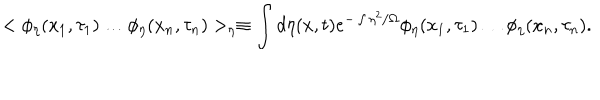
LaTeX: < \phi _ { \eta } ( x _ { 1 } , \tau _ { 1 } ) \ldots \phi _ { \eta } ( x _ { n } , \tau _ { n } ) > _ { \eta } \equiv \int d \eta ( x , t ) e ^ { - \int \eta ^ { 2 } / \Omega } \phi _ { \eta } ( x _ { 1 } , \tau _ { 1 } ) \ldots \phi _ { \eta } ( x _ { n } , \tau _ { n } ) .